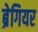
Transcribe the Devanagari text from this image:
ब्रेगियर